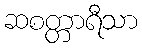
ဆစတ္တာရီသာ